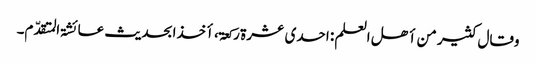
وقال کثیر من أھل العلم : احدی عشرۃ رکعۃ ، أخذا بحدیث عائشۃ المتقدّم۔